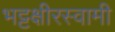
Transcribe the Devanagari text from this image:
भट्टक्षीरस्वामी